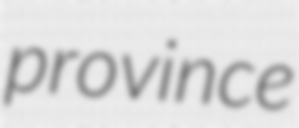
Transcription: province